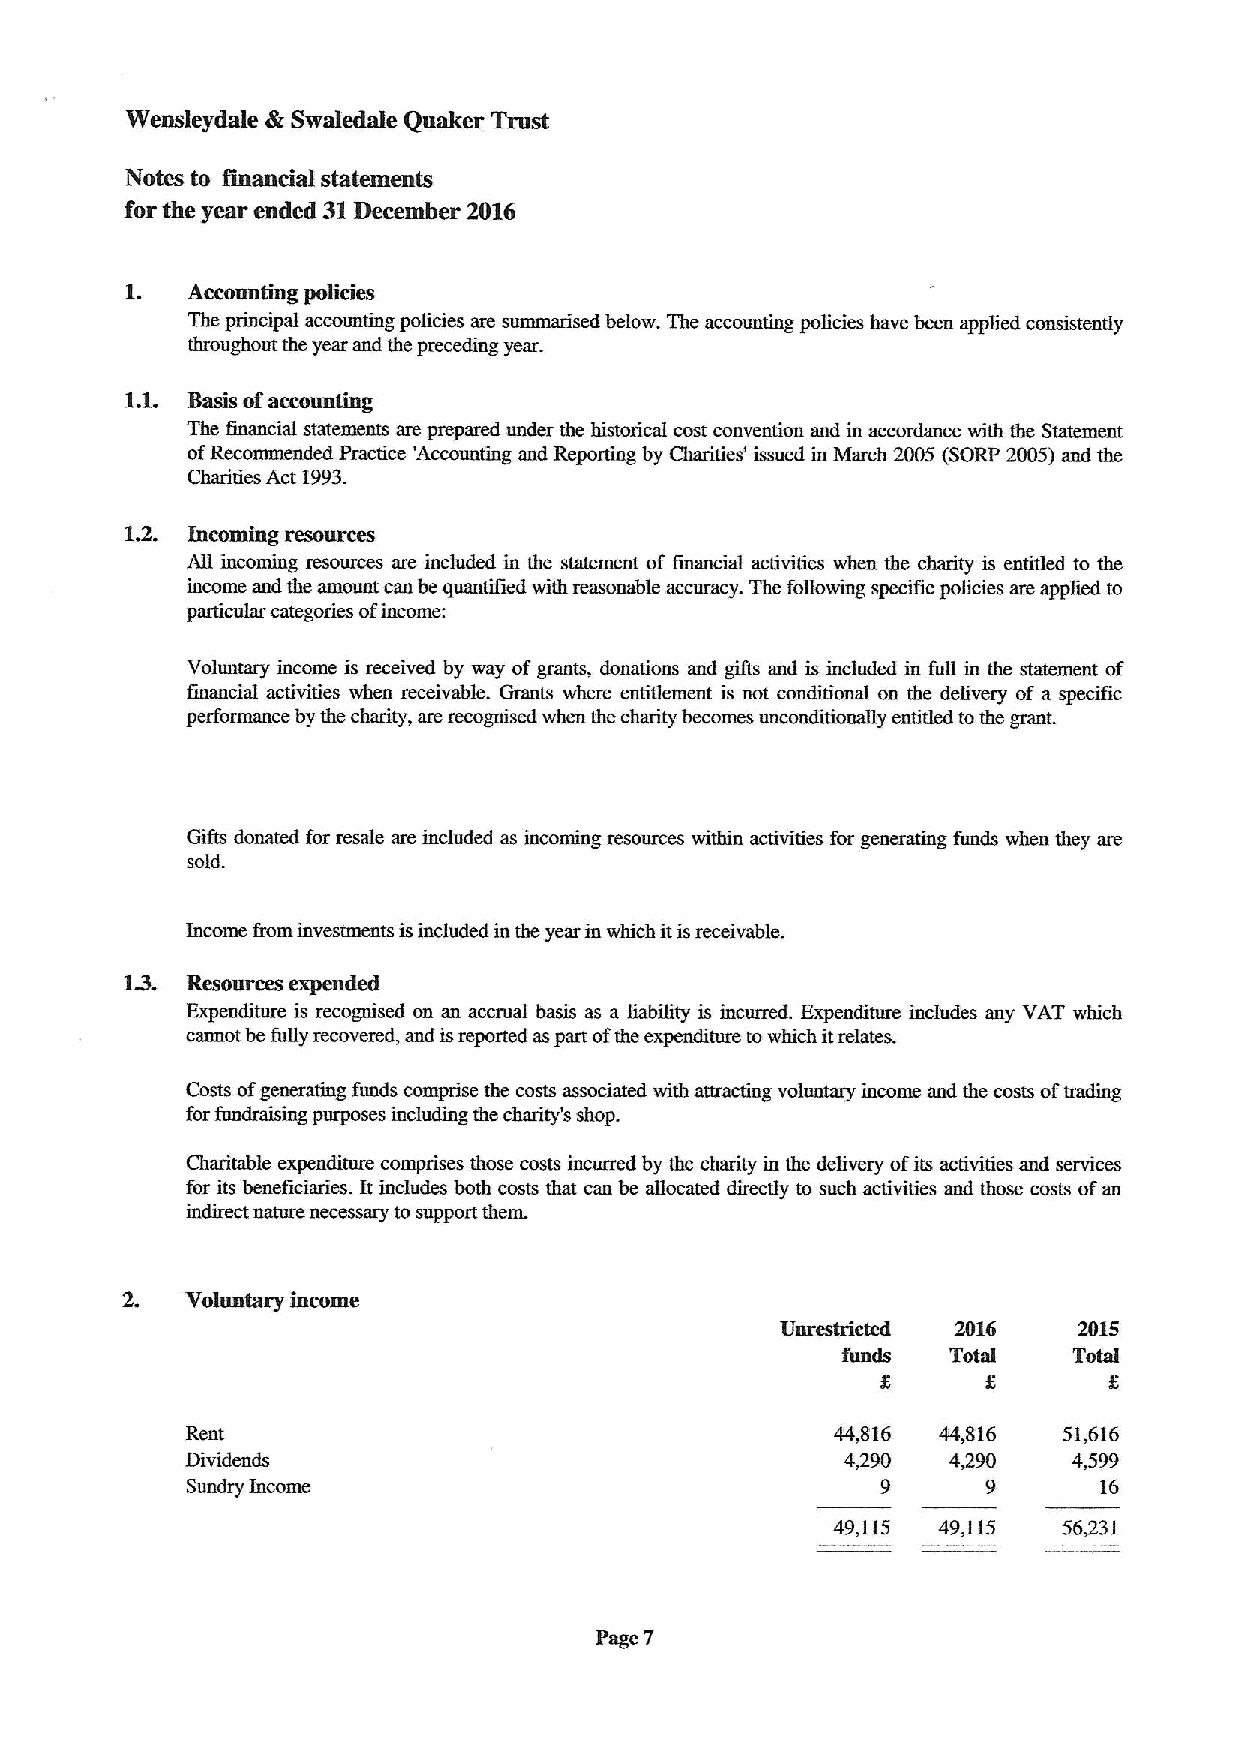
Wensleydale tlk Swaledale Quaker Trust
 Notes to fmancisI statements
 for the year ended 31December 2D16
 1.
 Accounting policies
 The principal accounting policies are summarised below. The accounting policies have been applied consistently
 throughout the year and the preceding year.
 Ll. Basis ofaccounting
 The financial statements are prepared under the historical cost convention aud in accordance with the Statement
 ofRecommended Practice 'Accounting and Reporfing by Charities' Issued in March 2005 (SORP 2005)and the
 Charifies Act 1993.
 12.
 Incoming resomces
 All incoming resources are included in the statement of financial acfivities when the charity is entitled to the
 income and tbe amount can bequantiTied. with reasonable accuracy. The following specific policies are applied to
 particular categories ofincome:
 Voluntary income is received by way ofgrants, donations and gifts and is included in full in the statement of
 fiuancial activities when receivable. Grants where entitlement is not conditional on the delivery of a specific
 performance bythe charity, are recognised when the charity becomes unconditionally entitled tothe grant.
 Gifts donated for resale am included as incoming resources within activities for generating funds when they are
 sold.
 ltxome fmm investments isincluded in the year in which itisreceivable.
 1D. Resources expended
 Expenditure is recognised on an accrual basis as a liability is tncuned. Expenditure includes any VAT which
 cannot be fully recovered, and isreported aspart ofthe expenditure towhich itrelates.
 Costs ofgenerating funds comprise the costs associated with attracting voluntary income aud the costs oftradmg
 forfundraising purposes including the charity's shop.
 Charitable expenditure comprises those costs incurred by the charity in the delivery ofits activities and services
 for its beneficimies. It includes both costs that can be allocated directly to such activities and those costs ofan
 indirect nature necessary tosupport them.
 2.  Voluntary income
 Unrestricted 2016  2015
 funds  Total   Total
 K
 Rent                                       44,816 44,816  51,616
 Dividends                                   4,290  4,290   4,599
 Sundry Income                                 9      9       16
 49,115 49,115  56331
 Page 2